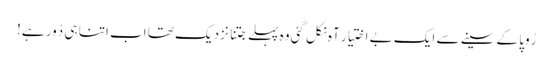
رُوپا کے سینے سے ایک بے اختیار آہ نکل گئی وہ پہلے جتنا نزدیک تھا اب اتنا ہی دُور ہے!